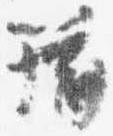
籍